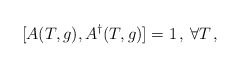
\begin{align*}[A(T,g),A^{\dag }(T,g)]=1\, ,\, \forall T\, ,\end{align*}